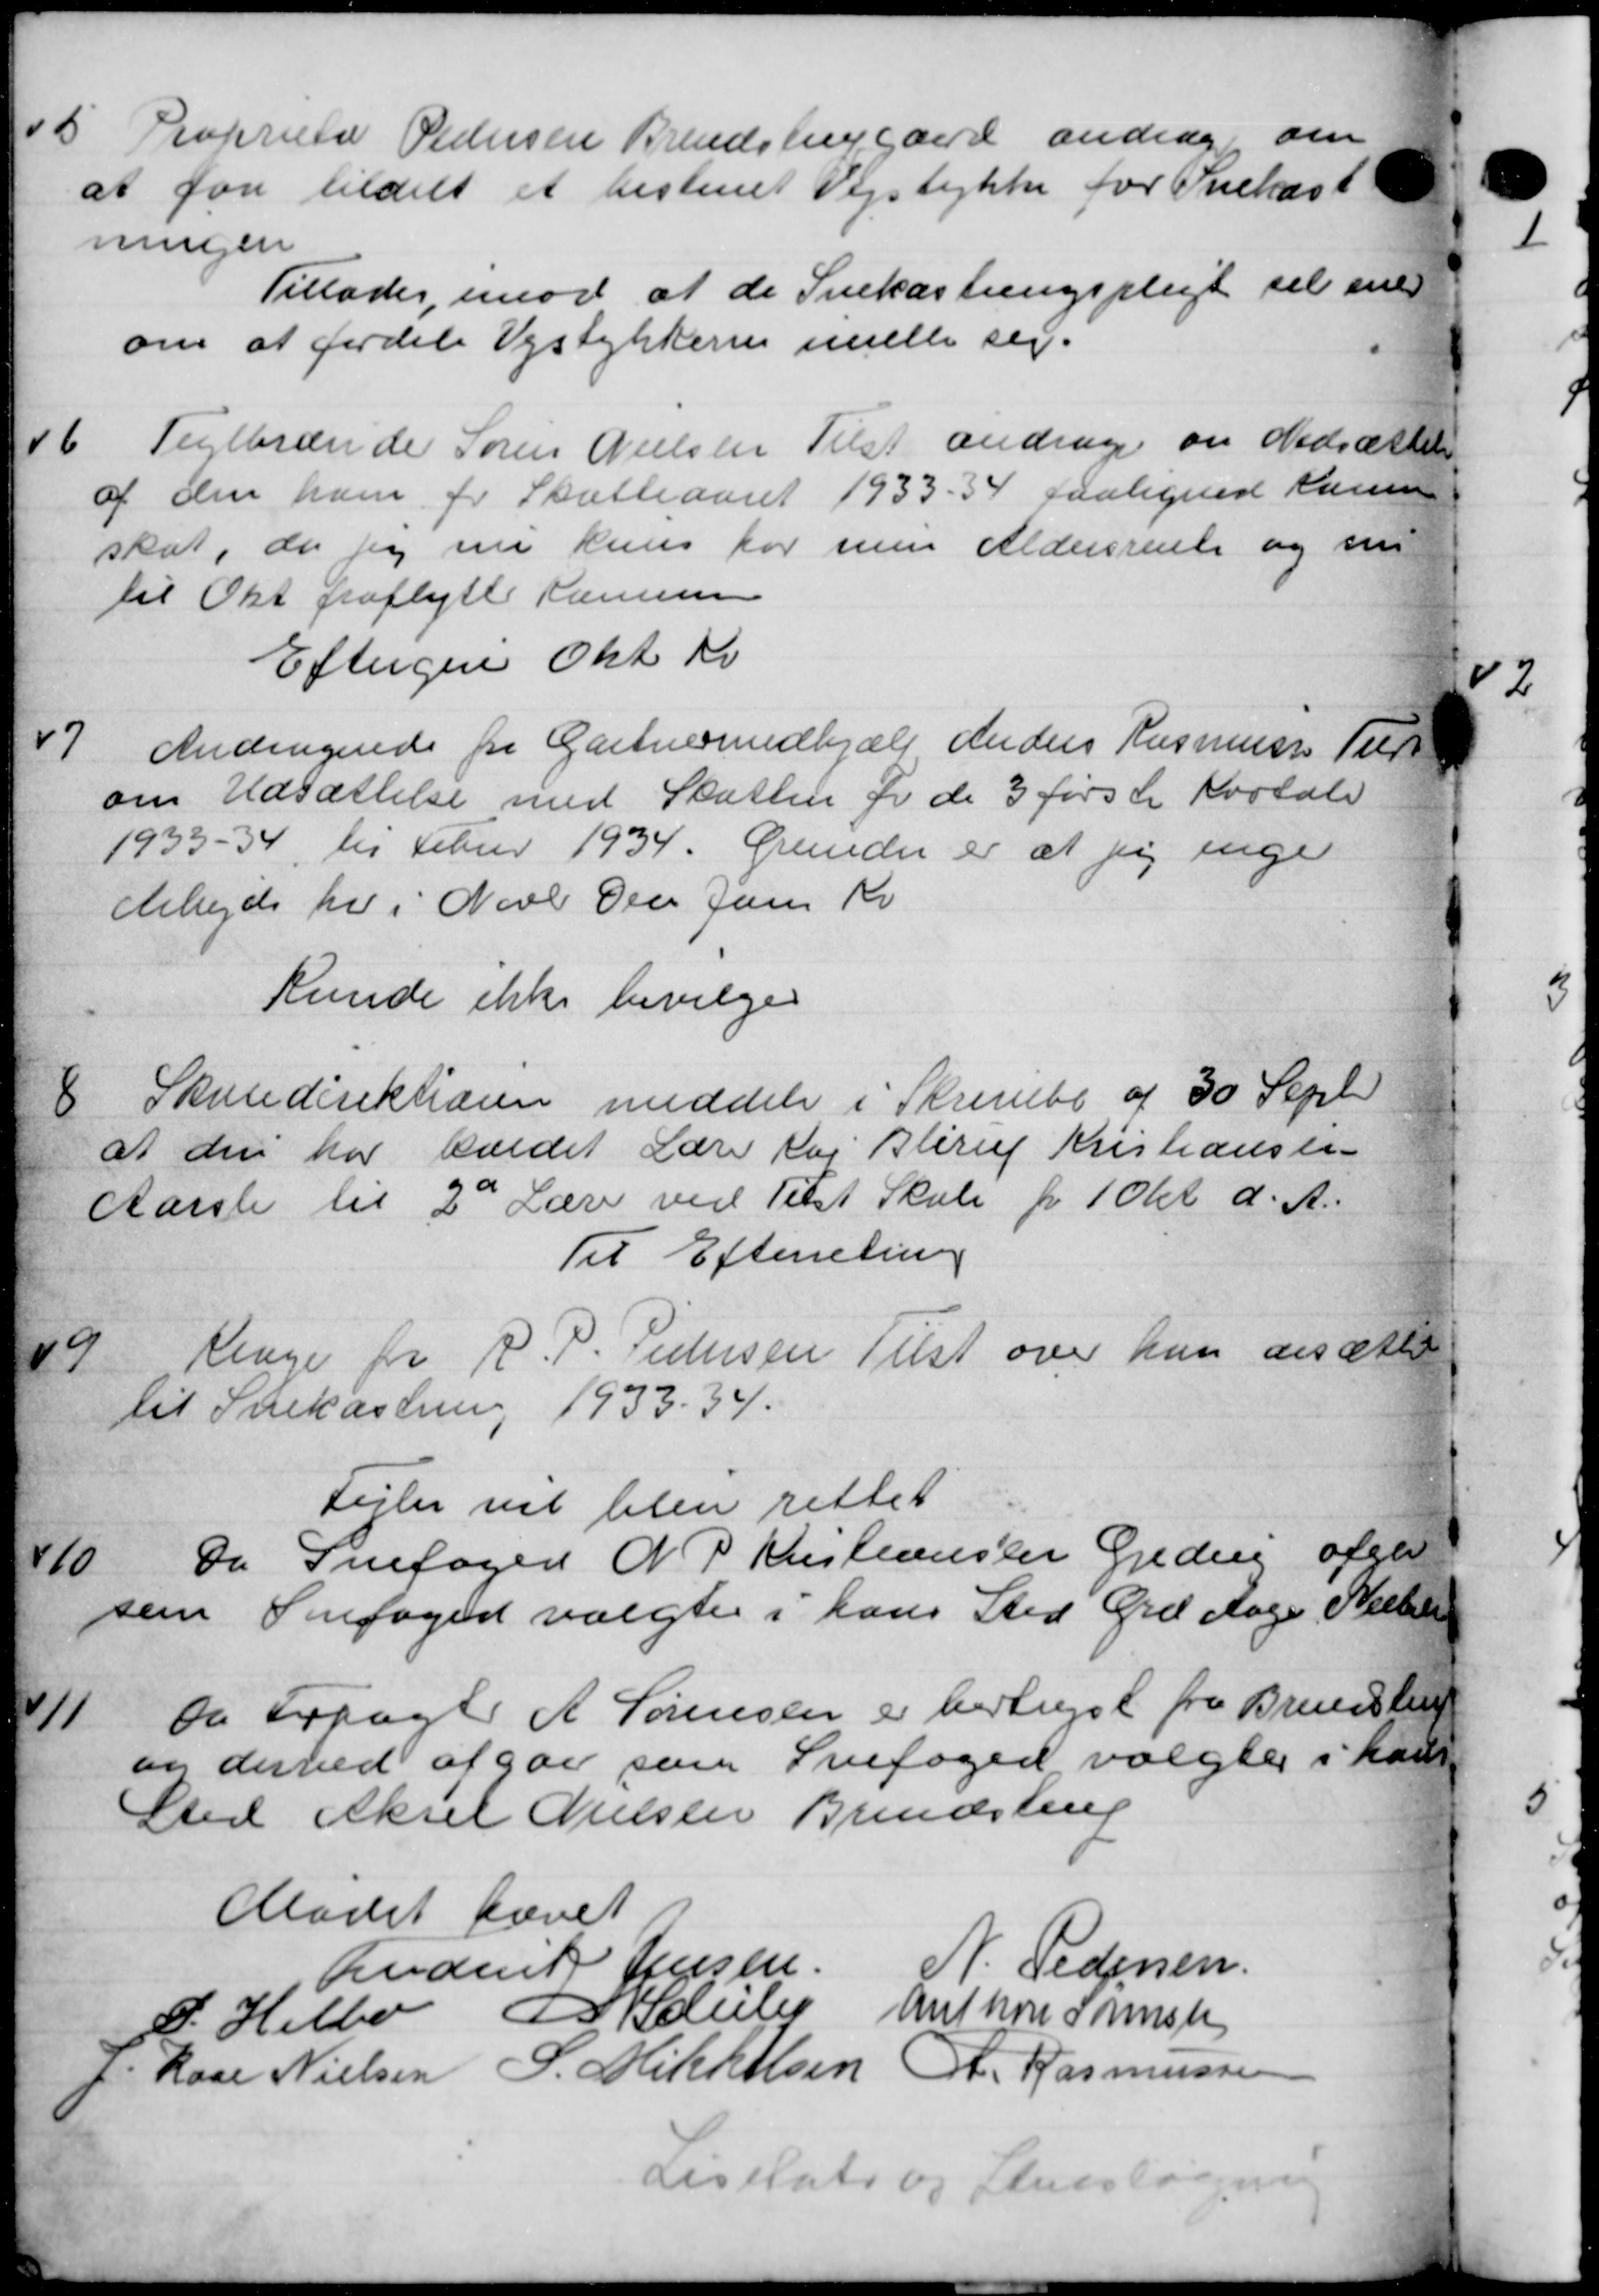
Transskription:
5
Proprietær Pedersen Brændslivergaard andrage om
at for tildelt at bestemt Vejstykke for Snekast
ningen
Tillades imod at de Snekastningspligt til ened
om at fordele Vejstykkerie imelle sig.
6
Veglbrænde Søren Nielsen Tilst andrager om Nedsættelse
af den ham for Skatteaaret 1933 - 34 paalignes Kamme
skat, der jeg nu kuns for sum Aldersrente og sin
til Okt fraflytte Kommune
Eftergive Okt Kr
7
Andragende fra Gartnermedhjælp Anders Rasmussen Till
om Udsættelse med Skatten for de 3 første Kvotale
1933 – 34 til Feuer 1934. Grunder er at sig inge
Arbejde her i Novb der Jan Kr
Kunde ikke bevilges
8.
Skoledirektionen meddele i Skrivelse af 30 Sept
at den har levedet Lære og Blirup Kristiansen
Aarsle til 2de Lære ved Tilst Skole for 1 Okt. d. A.
Til Efterretning
9
Ringe for P. P. Pedersen Tilst over han ansættels
til Snekastning 1933 - 34.
Fejler vil blev rettet
10
Da Snefoged N. P Kristianseen Gjedvig afgiv
sem Snefoged valgtes i hans Sted Grd Aage Nielse
11
da Fragter A Sørensen er bertigst fra Brundstrup
og derved afgav som Snefoged valgtes i hans
Sted Aksel Nielsen Brendstrup
Mødet hævet
Anderik Jensen.
V. Pedersen
P. Helbo I Klubs Anthonsmeste
Rase Nielsen S. Mikkelsen R. Rasmussen
Liselato og Studsløs

42